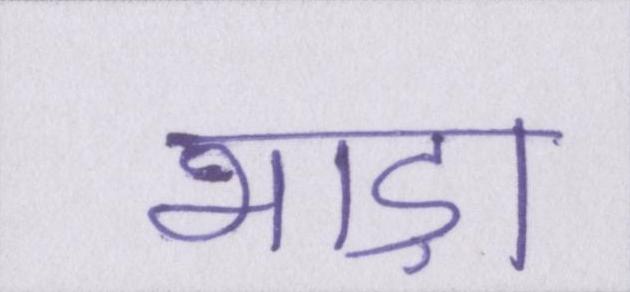
भाड़ा